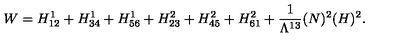
W = H _ { 1 2 } ^ { 1 } + H _ { 3 4 } ^ { 1 } + H _ { 5 6 } ^ { 1 } + H _ { 2 3 } ^ { 2 } + H _ { 4 5 } ^ { 2 } + H _ { 6 1 } ^ { 2 } + \frac { 1 } { \Lambda ^ { 1 3 } } ( N ) ^ { 2 } ( H ) ^ { 2 } .